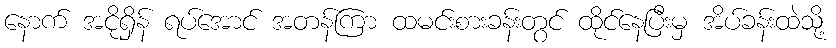
နောက် အငိုရှိန် ရပ်အောင် အတန်ကြာ ထမင်းစားခန်းတွင် ထိုင်နေပြီးမှ အိပ်ခန်းထဲသို့